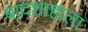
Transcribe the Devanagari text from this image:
बादशाहाला